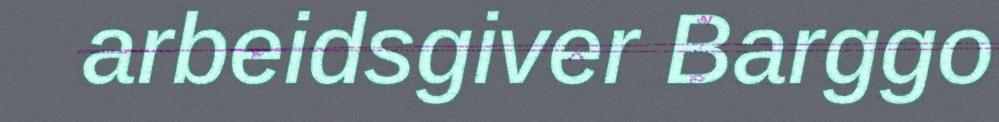
arbeidsgiver Barggo